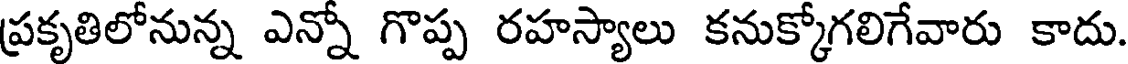
ప్రకృతిలోనున్న ఎన్నో గొప్ప రహస్యాలు కనుక్కోగలిగేవారు కాదు.